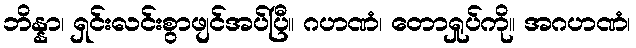
ဘိန္နာ၊ ရှင်းလင်းစွာဖျင်အပ်ပြီ။ ဂဟဏံ၊ တောရှုပ်ကို။ အဂဟဏံ၊